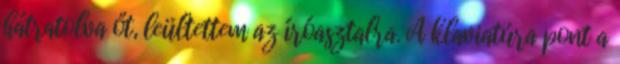
hátratolva őt, leültettem az íróasztalra. A klaviatúra pont a